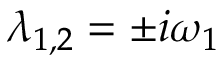
\lambda _ { 1 , 2 } = \pm i \omega _ { 1 }